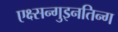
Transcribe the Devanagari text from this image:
एक्ष्सन्गुइनतिन्ग